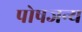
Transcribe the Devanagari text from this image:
पोषजन्य